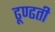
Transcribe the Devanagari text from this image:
ढूण्ढती